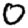
Digit: 0